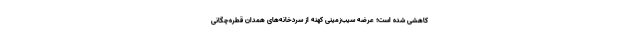
کاهشی شده است؛ عرضه سیب‌زمینی کهنه از سردخانه‌های همدان قطره‌چگانی